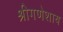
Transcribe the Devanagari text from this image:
श्रीगणेशाय